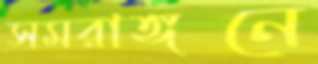
সমরাঙ্গনে